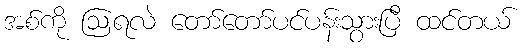
အစ်ကို ဩရလဲ တော်တော်ပင်ပန်းသွားပြီ ထင်တယ်